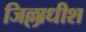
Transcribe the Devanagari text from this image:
जिल्लाधीश